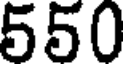
550